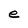
Character: e